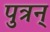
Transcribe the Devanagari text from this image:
पुत्रन्